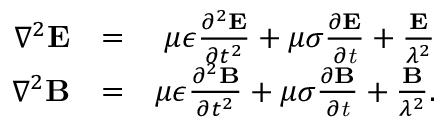
\begin{array} { r l r } { \nabla ^ { 2 } \bf { E } } & { = } & { \mu \epsilon \frac { \partial ^ { 2 } \bf { E } } { \partial t ^ { 2 } } + \mu \sigma \frac { \partial \bf { E } } { \partial \it { t } } + \frac { \bf { E } } { \lambda ^ { 2 } } } \\ { \nabla ^ { 2 } \bf { B } } & { = } & { \mu \epsilon \frac { \partial ^ { 2 } \bf { B } } { \partial t ^ { 2 } } + \mu \sigma \frac { \partial \bf { B } } { \partial \it { t } } + \frac { \bf { B } } { \lambda ^ { 2 } } . } \end{array}